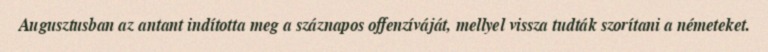
Augusztusban az antant indította meg a száznapos offenzíváját, mellyel vissza tudták szorítani a németeket.